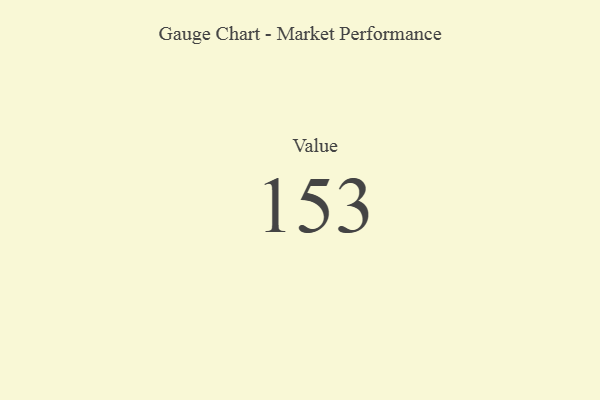
{"axis": {"x": "Metric", "y": "Value"}, "legend": [""], "data": [{"x": "Value", "y": 153, "type": ""}]}